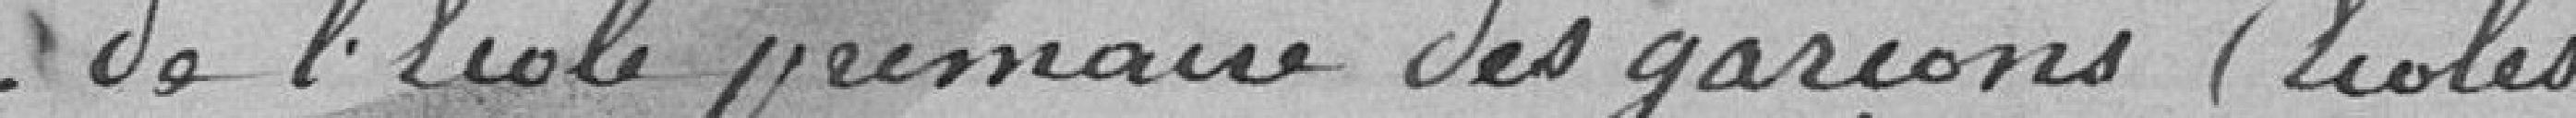
de l'école primaire des garçons (écoles